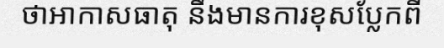
ថាអាកាសធាតុ នឹងមានការខុសប្លែកពី